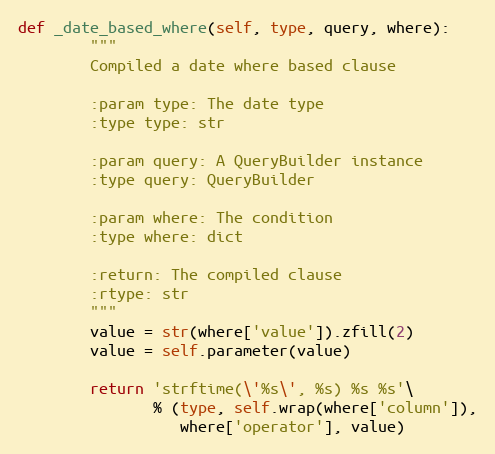
Language: Python
def _date_based_where(self, type, query, where):
        """
        Compiled a date where based clause

        :param type: The date type
        :type type: str

        :param query: A QueryBuilder instance
        :type query: QueryBuilder

        :param where: The condition
        :type where: dict

        :return: The compiled clause
        :rtype: str
        """
        value = str(where['value']).zfill(2)
        value = self.parameter(value)

        return 'strftime(\'%s\', %s) %s %s'\
               % (type, self.wrap(where['column']),
                  where['operator'], value)